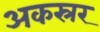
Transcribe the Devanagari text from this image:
अकस्रर